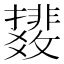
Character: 𫿟